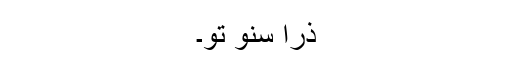
ذرا سنو تو۔